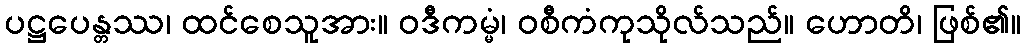
ပဋ္ဌပေန္တဿ၊ ထင်စေသူအား။ ဝဒီကမ္မံ၊ ဝစီကံကုသိုလ်သည်။ ဟောတိ၊ ဖြစ်၏။